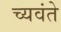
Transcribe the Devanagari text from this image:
च्यवंते